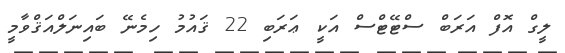
ލީގް އޮފް އަރަބް ސްޓޭޓްސް އަކީ ޢަރަބި 22 ޤައުމު ހިމެނޭ ބައިނަލްއަޤްވާމީ